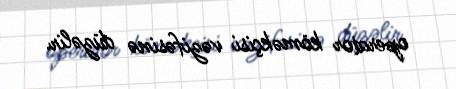
operator köməkçisi vəzifəsinə düzəlir.